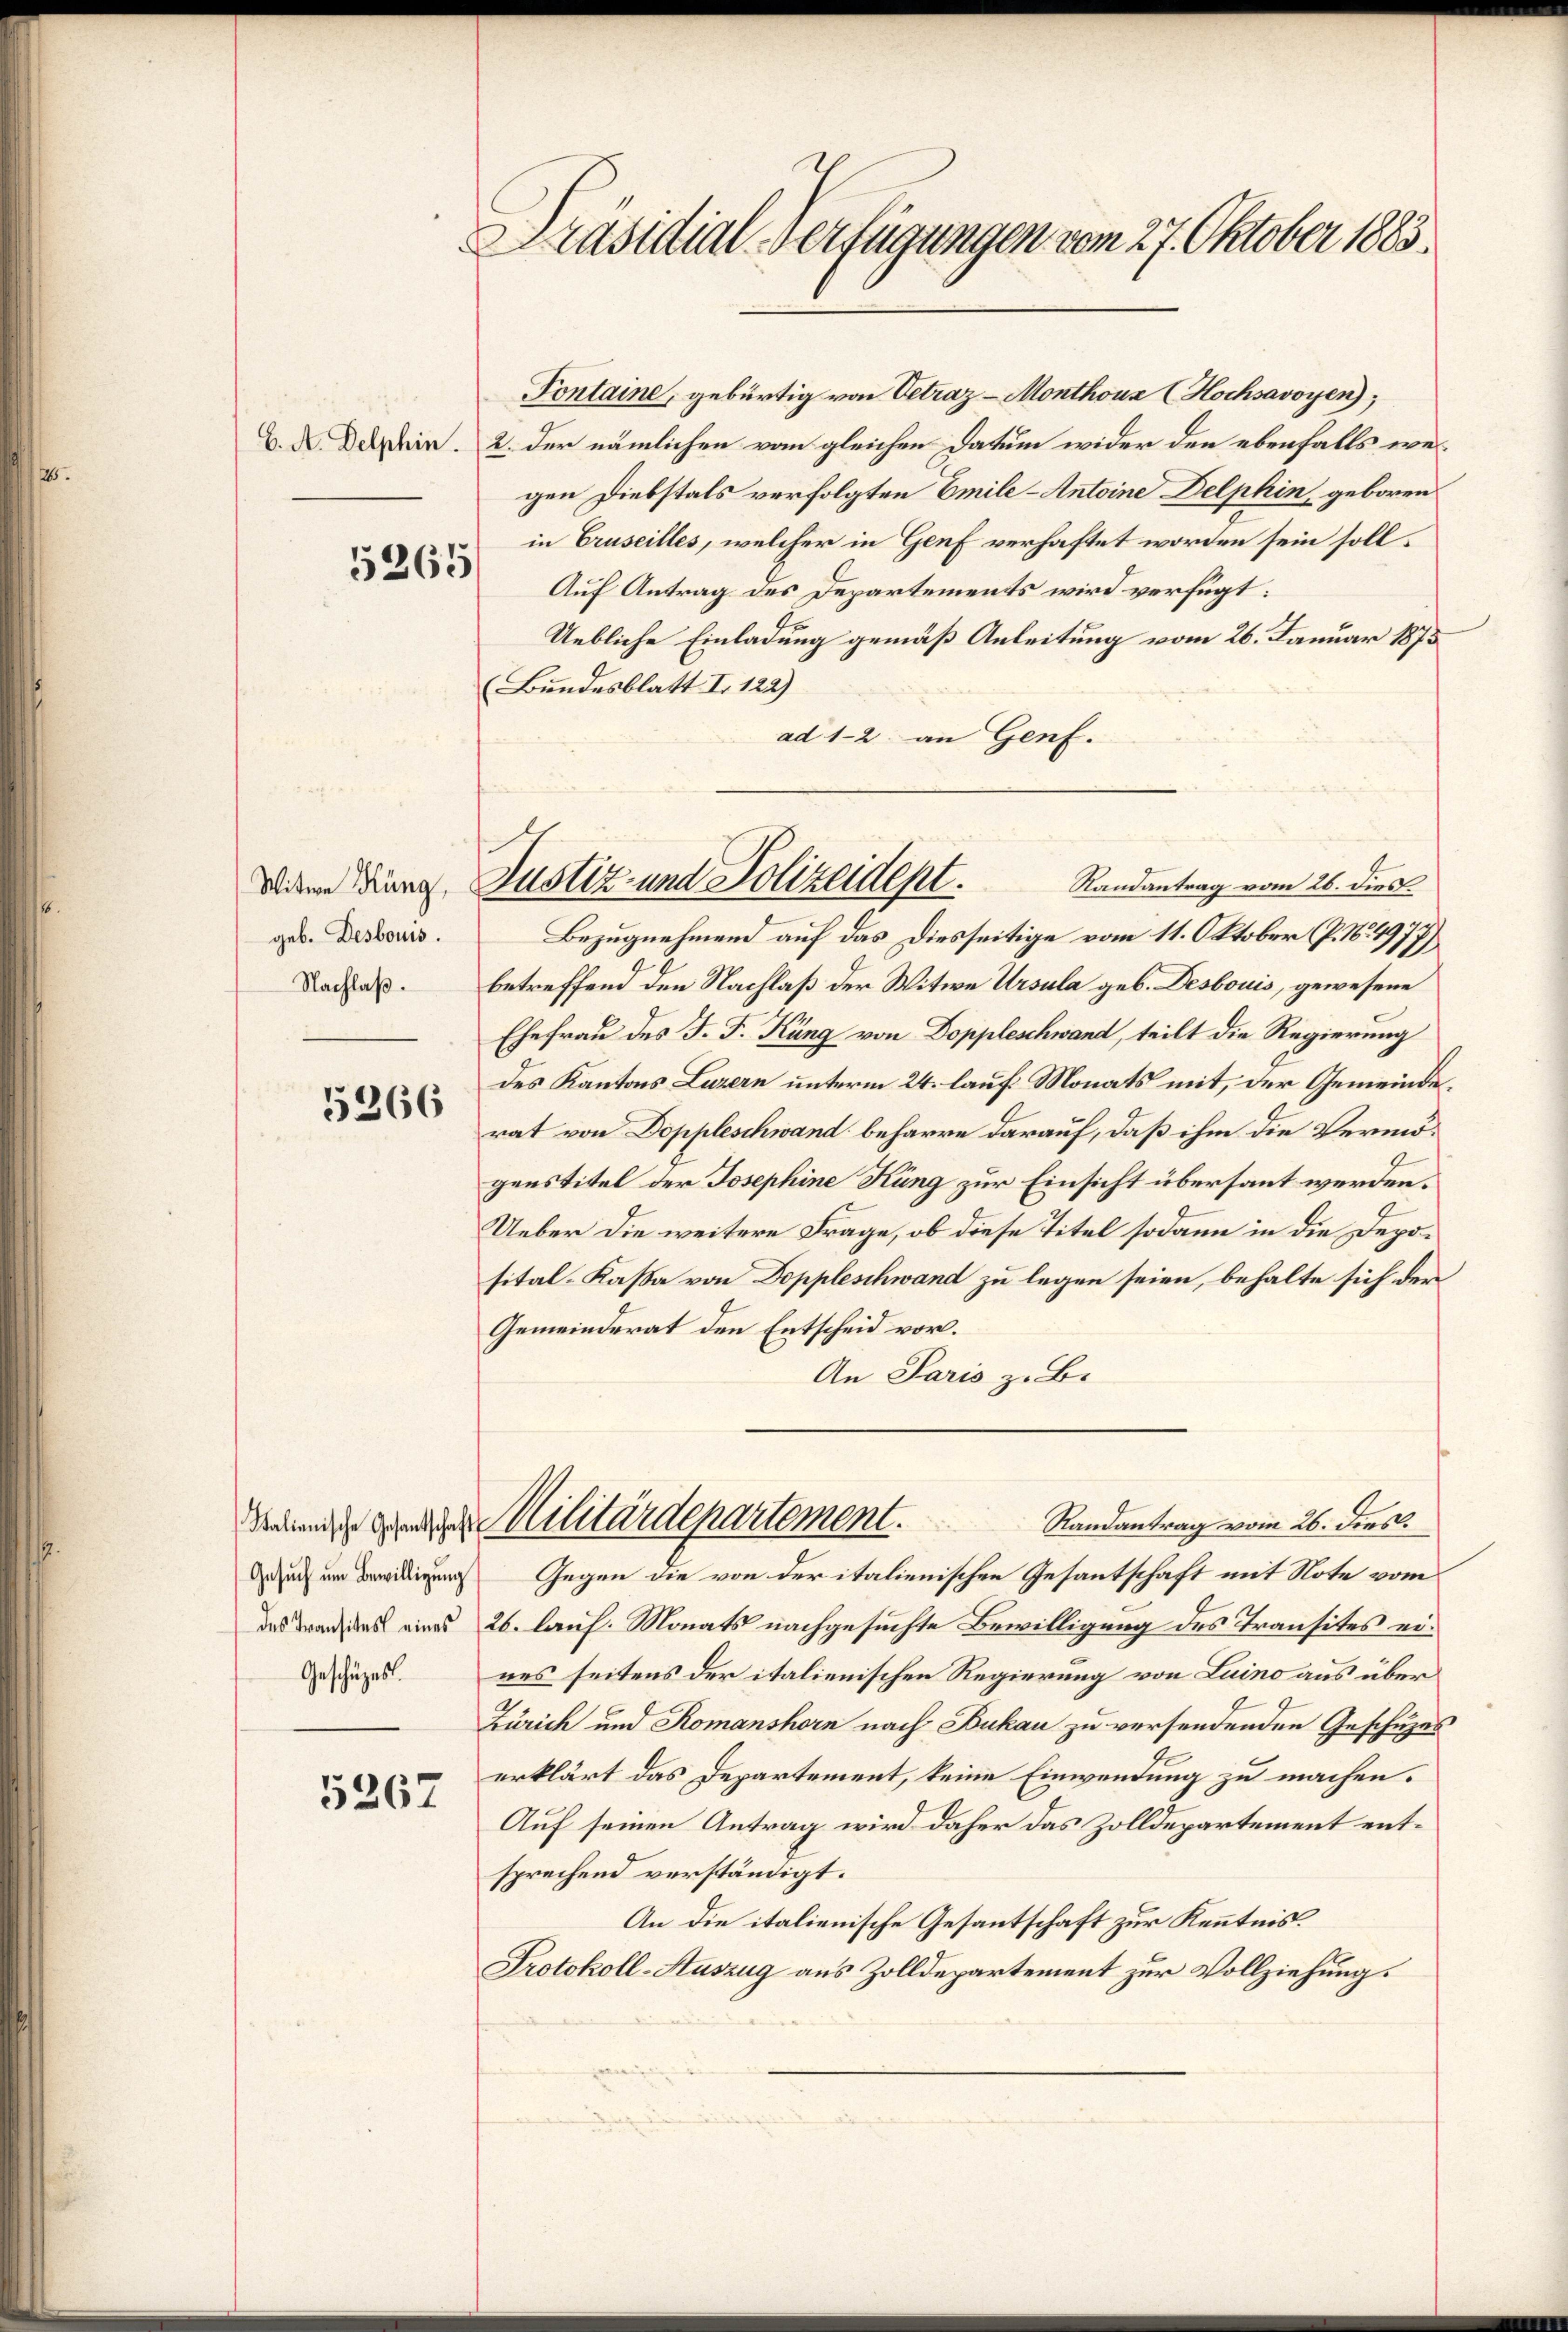
5265

Witwe Küng,
geb. Desbouis.
Nachlaß.

5266

Gesuch um Bewilligung

5367

Präsidial-Verfügungen vom 27. Oktober 1883

Pontaine, gebürtig von Vetraz-Monthous (Hochsavoyen);
V. D. Dasein. 2. der nämlichen vom gleichen Datum wider den ebenfalls wegen Diebstals verfolgten Emile-Antoine Delphin, geboren
in Gruseilles, welcher in Genf verhaftet worden sein soll
Auf Antrag des Departements wird verfügt:
Uebliche Einladung gemäß Anleitung vom 26. Januar 1875
Bundesblatt I 122)
ad 1-2 an Genf.
Bezugnehmend auf das Diesseitige vom 11. Oktober (P. N. 4977)
betreffend den Nachlaß der Witwe Ursula geb. Desbouis, gewesene
Ehefrau des J. F. Küng von Doppleschwand, teilt die Regierung
des Kantons Luzern unterm 24. lauf Monats mit, der Gemeinderat von Doppleschwand beharre darauf, daß ihm die Vermögenstitel der Josephine Küng zur Einsicht übersaut werden.
Ueber die weitere Frage, ob diese Titel sodann in die Deposital-Kassa von Doppleschwand zu legen seien, behalte sich der
Gemeinderat den Entscheid vor.
An Paris z. B.
Randantrag vom 26. dies
Seien die Militärdepartement.
Gegen die von der italienischen Gesantschaft mit Note vom
das Brandas eines 26. lauf. Monats nachgesuchte Bewilligung des Transites ei¬
Deuzes uns seitens der italienischen Regierung von Luino aus über
Zürich und Komanshorn nach Bukau zu versendenden Geschuzes
erklärt das Departement, keine Einwendung zu machen.
Auf seinen Antrag wird daher das Zolldepartement entsprechend verständigt.
An die italienische Gesantschaft zur Kenntnis.
Protokoll-Auszug aus Zolldepartement zur Vollziehung.

Justiz- und Polizeidept.
Randantrag vom 26. dies